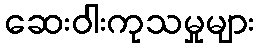
ဆေးဝါးကုသမှုများ